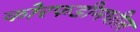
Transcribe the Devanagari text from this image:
कोरफडीमधील